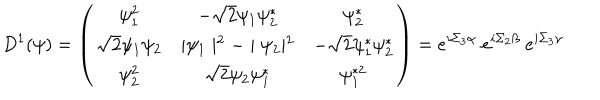
LaTeX: D ^ { 1 } ( \psi ) = \left( \begin{matrix} { { \psi _ { 1 } ^ { 2 } } } & { { - \sqrt { 2 } \psi _ { 1 } \psi _ { 2 } ^ { * } } } & { { \psi _ { 2 } ^ { * } } } \\ { { \sqrt { 2 } \psi _ { 1 } \psi _ { 2 } } } & { { \mid \psi _ { 1 } \mid ^ { 2 } - \mid \psi _ { 2 } \mid ^ { 2 } } } & { { - \sqrt { 2 } \psi _ { 1 } ^ { * } \psi _ { 2 } ^ { * } } } \\ { { \psi _ { 2 } ^ { 2 } } } & { { \sqrt { 2 } \psi _ { 2 } \psi _ { 1 } ^ { * } } } & { { \psi _ { 1 } ^ { * 2 } } } \\ \end{matrix} \right) = e ^ { i \Sigma _ { 3 } \alpha } ~ e ^ { i \Sigma _ { 2 } \beta } ~ e ^ { i \Sigma _ { 3 } \gamma }